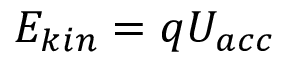
E _ { k i n } = q U _ { a c c }